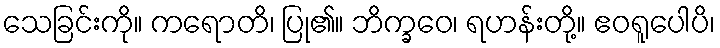
သေခြင်းကို။ ကရောတိ၊ ပြု၏။ ဘိက္ခဝေ၊ ရဟန်းတို့။ ဧဝရူပေါပိ၊